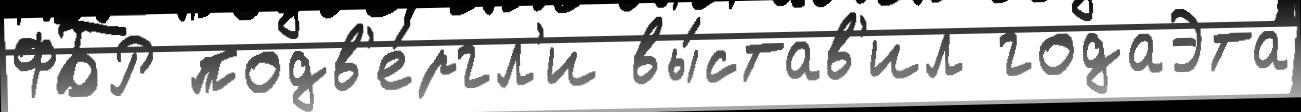
ФБР подв'е́ргл'и вы́став'ил годаЭта